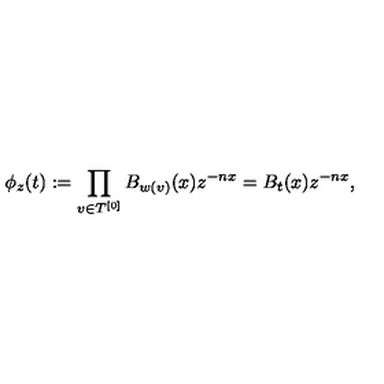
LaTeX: \phi _ { z } ( t ) : = \prod _ { v \in T ^ { [ 0 ] } } B _ { w ( v ) } ( x ) z ^ { - n x } = B _ { t } ( x ) z ^ { - n x } ,